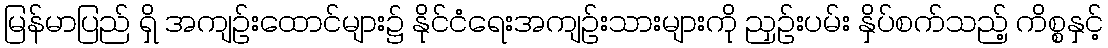
မြန်မာပြည် ရှိ အကျဉ်းထောင်များ၌ နိုင်ငံရေးအကျဉ်းသားများကို ညှဉ်းပမ်း နှိပ်စက်သည့် ကိစ္စနှင့်